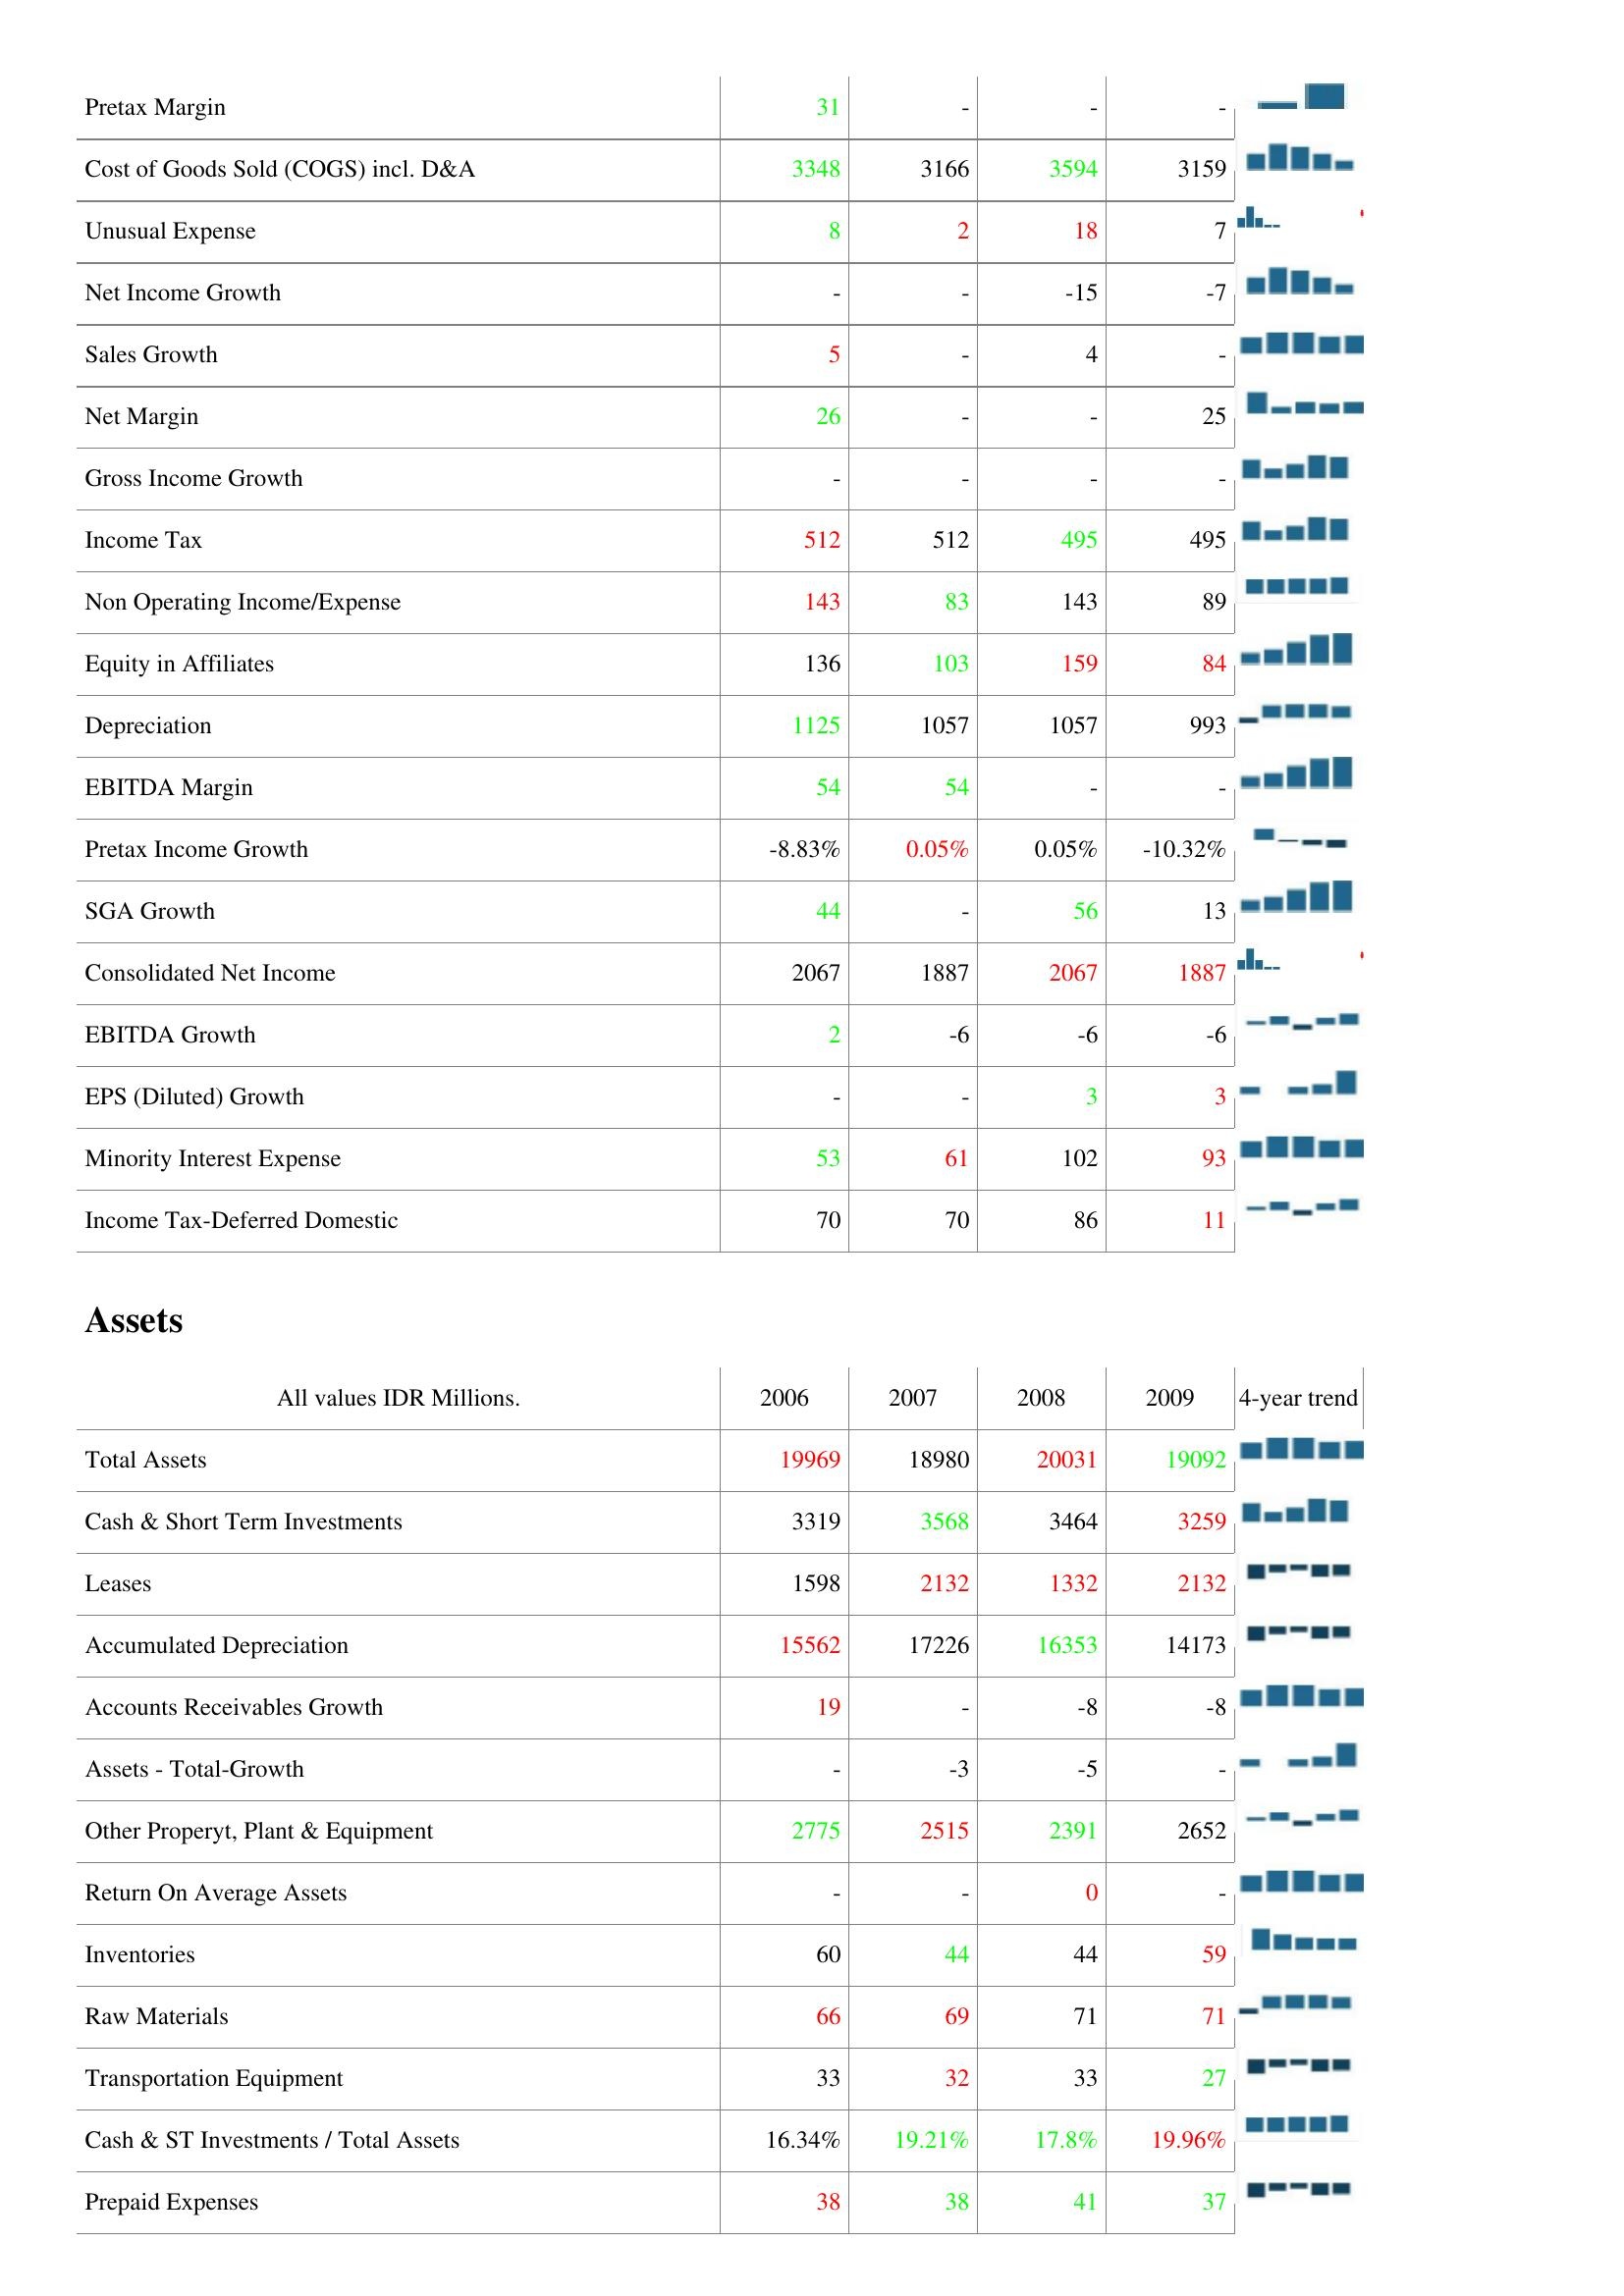
2006: : Pretax Margin: 31
Cost of Goods Sold (COGS) incl. D&A: 3348
Unusual Expense: 8
Net Income Growth: -
Sales Growth: 5
Net Margin: 26
Gross Income Growth: -
Income Tax: 512
Non Operating Income/Expense: 143
Equity in Affiliates: 136
Depreciation: 1125
EBITDA Margin: 54
Pretax Income Growth: -8.83%
SGA Growth: 44
Consolidated Net Income: 2067
EBITDA Growth: 2
EPS (Diluted) Growth: -
Minority Interest Expense: 53
Income Tax-Deferred Domestic: 70
Assets: Total Assets: 19969
Cash & Short Term Investments: 3319
Leases: 1598
Accumulated Depreciation: 15562
Accounts Receivables Growth: 19
Assets - Total-Growth: -
Other Properyt, Plant & Equipment: 2775
Return On Average Assets: -
Inventories: 60
Raw Materials: 66
Transportation Equipment: 33
Cash & ST Investments / Total Assets: 16.34%
Prepaid Expenses: 38
2007: : Pretax Margin: -
Cost of Goods Sold (COGS) incl. D&A: 3166
Unusual Expense: 2
Net Income Growth: -
Sales Growth: -
Net Margin: -
Gross Income Growth: -
Income Tax: 512
Non Operating Income/Expense: 83
Equity in Affiliates: 103
Depreciation: 1057
EBITDA Margin: 54
Pretax Income Growth: 0.05%
SGA Growth: -
Consolidated Net Income: 1887
EBITDA Growth: -6
EPS (Diluted) Growth: -
Minority Interest Expense: 61
Income Tax-Deferred Domestic: 70
Assets: Total Assets: 18980
Cash & Short Term Investments: 3568
Leases: 2132
Accumulated Depreciation: 17226
Accounts Receivables Growth: -
Assets - Total-Growth: -3
Other Properyt, Plant & Equipment: 2515
Return On Average Assets: -
Inventories: 44
Raw Materials: 69
Transportation Equipment: 32
Cash & ST Investments / Total Assets: 19.21%
Prepaid Expenses: 38
2008: : Pretax Margin: -
Cost of Goods Sold (COGS) incl. D&A: 3594
Unusual Expense: 18
Net Income Growth: -15
Sales Growth: 4
Net Margin: -
Gross Income Growth: -
Income Tax: 495
Non Operating Income/Expense: 143
Equity in Affiliates: 159
Depreciation: 1057
EBITDA Margin: -
Pretax Income Growth: 0.05%
SGA Growth: 56
Consolidated Net Income: 2067
EBITDA Growth: -6
EPS (Diluted) Growth: 3
Minority Interest Expense: 102
Income Tax-Deferred Domestic: 86
Assets: Total Assets: 20031
Cash & Short Term Investments: 3464
Leases: 1332
Accumulated Depreciation: 16353
Accounts Receivables Growth: -8
Assets - Total-Growth: -5
Other Properyt, Plant & Equipment: 2391
Return On Average Assets: 0
Inventories: 44
Raw Materials: 71
Transportation Equipment: 33
Cash & ST Investments / Total Assets: 17.8%
Prepaid Expenses: 41
2009: : Pretax Margin: -
Cost of Goods Sold (COGS) incl. D&A: 3159
Unusual Expense: 7
Net Income Growth: -7
Sales Growth: -
Net Margin: 25
Gross Income Growth: -
Income Tax: 495
Non Operating Income/Expense: 89
Equity in Affiliates: 84
Depreciation: 993
EBITDA Margin: -
Pretax Income Growth: -10.32%
SGA Growth: 13
Consolidated Net Income: 1887
EBITDA Growth: -6
EPS (Diluted) Growth: 3
Minority Interest Expense: 93
Income Tax-Deferred Domestic: 11
Assets: Total Assets: 19092
Cash & Short Term Investments: 3259
Leases: 2132
Accumulated Depreciation: 14173
Accounts Receivables Growth: -8
Assets - Total-Growth: -
Other Properyt, Plant & Equipment: 2652
Return On Average Assets: -
Inventories: 59
Raw Materials: 71
Transportation Equipment: 27
Cash & ST Investments / Total Assets: 19.96%
Prepaid Expenses: 37